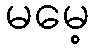
မမေ့